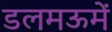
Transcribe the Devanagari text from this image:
डलमऊमें